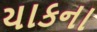
યાકના